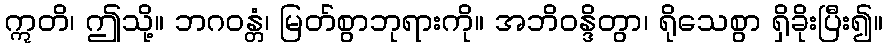
ဣတိ၊ ဤသို့။ ဘဂဝန္တံ၊ မြတ်စွာဘုရားကို။ အဘိဝန္ဒိတွာ၊ ရိုသေစွာ ရှိခိုးပြီး၍။